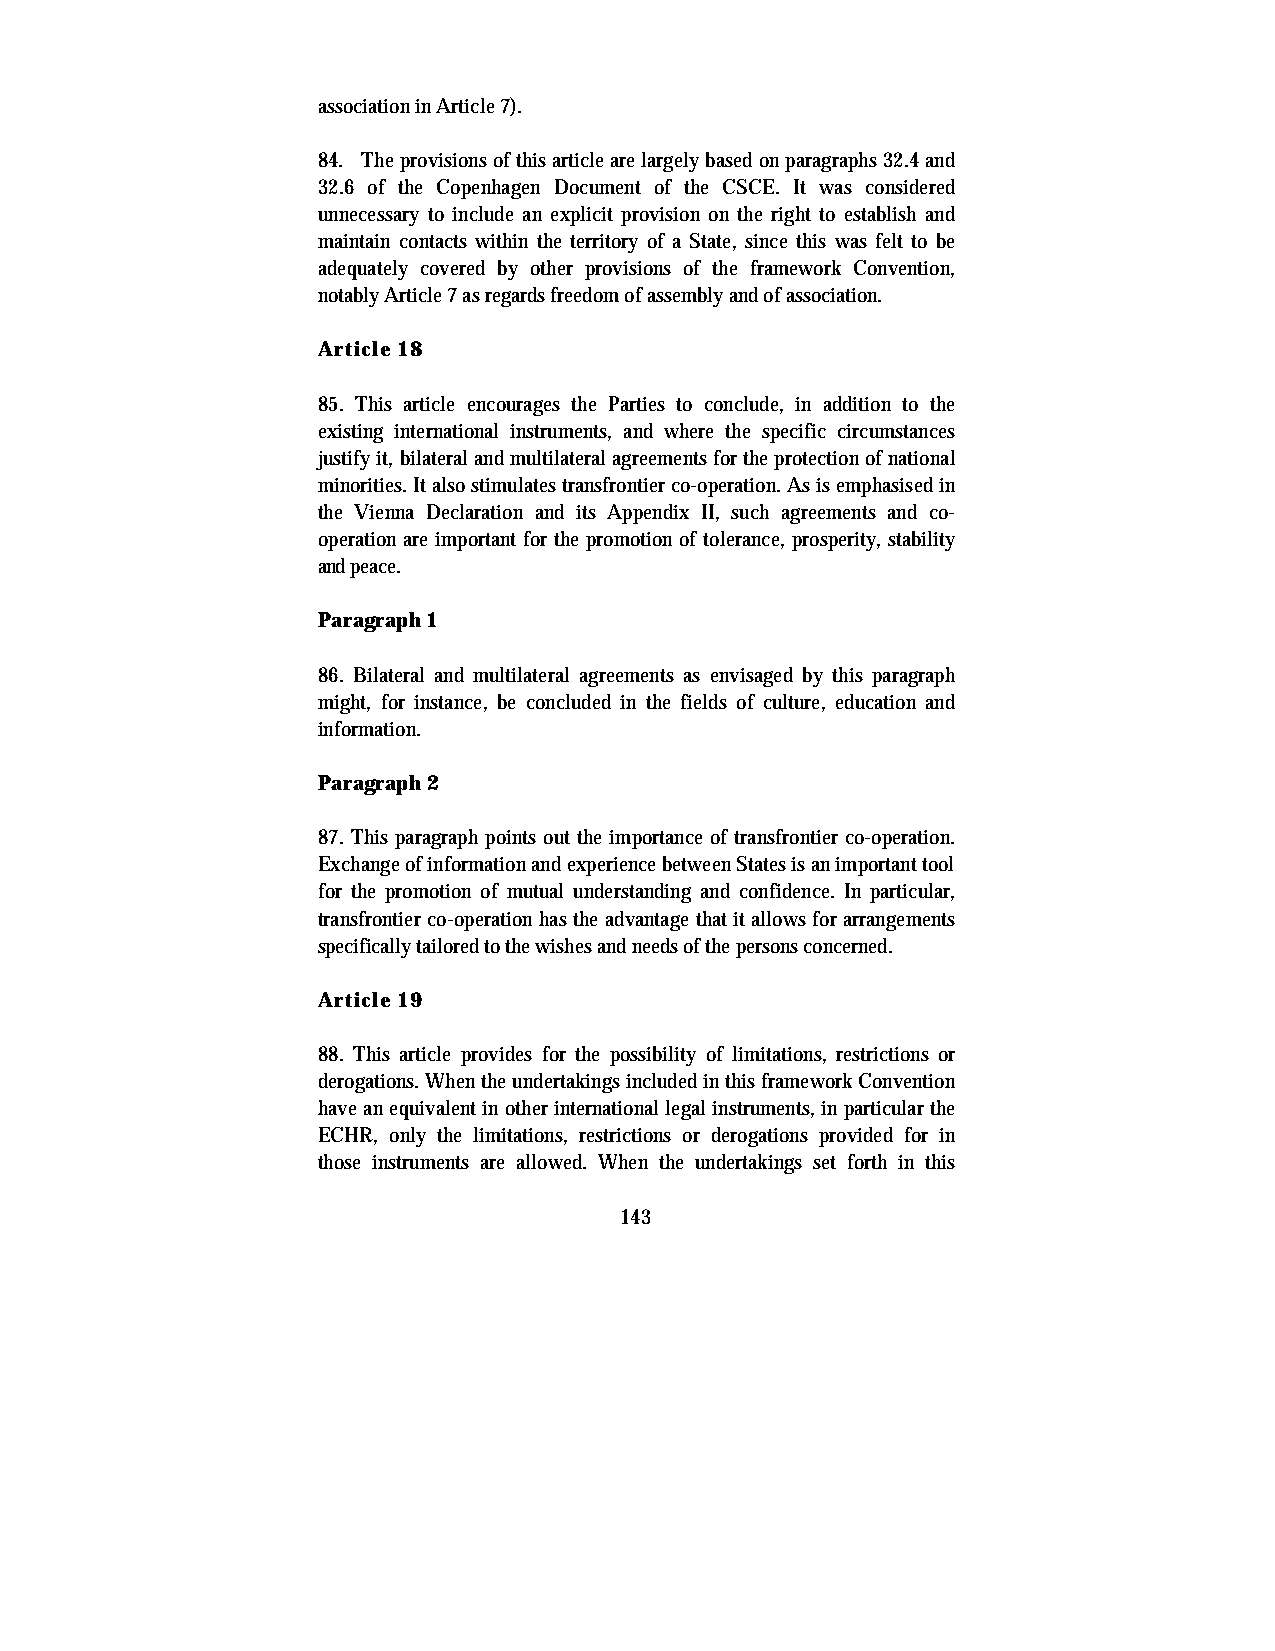
association in Article 7).
 84. The provisions of this article are largely based on paragraphs 32.4 and
 32.6 of the Copenhagen Document of the CSCE. It was considered
 unnecessary to include an explicit provision on the right to establish and
 maintain contacts within the territory of a State, since this was felt to be
 adequately covered by other provisions of the framework Convention,
 notably Article 7 as regards freedom of assembly and of association.
 Article 18
 85. This article encourages the Parties to conclude, in addition to the
 existing international instruments, and where the specific circumstances
 justify it, bilateral and multilateral agreements for the protection of national
 minorities. It also stimulates transfrontier co-operation. As is emphasised in
 the Vienna Declaration and its Appendix II, such agreements and co-
 operation are important for the promotion of tolerance, prosperity, stability
 and peace.
 Paragraph 1
 86. Bilateral and multilateral agreements as envisaged by this paragraph
 might, for instance, be concluded in the fields of culture, education and
 information.
 Paragraph 2
 87. This paragraph points out the importance of transfrontier co-operation.
 Exchange of information and experience between States is an important tool
 for the promotion of mutual understanding and confidence. In particular,
 transfrontier co-operation has the advantage that it allows for arrangements
 specifically tailored to the wishes and needs of the persons concerned.
 Article 19
 88. This article provides for the possibility of limitations, restrictions or
 derogations. When the undertakings included in this framework Convention
 have an equivalent in other international legal instruments, in particular the
 ECHR, only the limitations, restrictions or derogations provided for in
 those instruments are allowed. When the undertakings set forth in this
 143